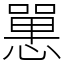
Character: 𢠸